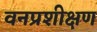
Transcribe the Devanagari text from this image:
वनप्रशीक्षण